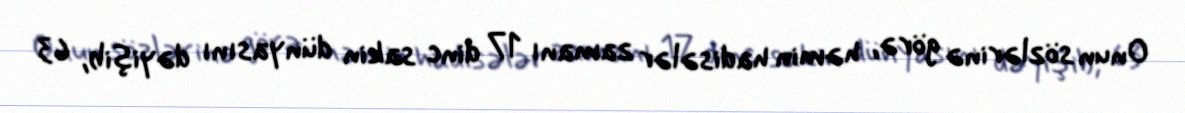
Onun sözlərinə görə, həmin hadisələr zamanı 17 dinc sakin dünyasını dəyişib, 63